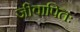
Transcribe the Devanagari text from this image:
जीवापितः